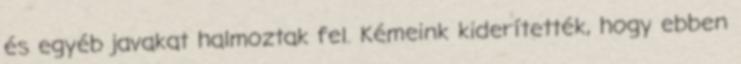
és egyéb javakat halmoztak fel. Kémeink kiderítették, hogy ebben